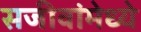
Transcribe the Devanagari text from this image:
सजीवांमेध्ये